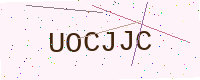
Text: UOCJJC